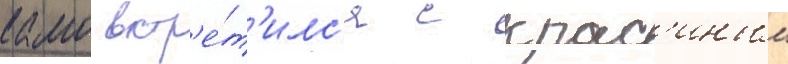
камо встр'е́т'илс'я с крас'иным